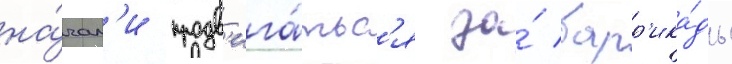
на́чал'и продв'ига́тьс'я за́ барр'ика́ды